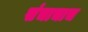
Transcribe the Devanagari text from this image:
संचाचाच